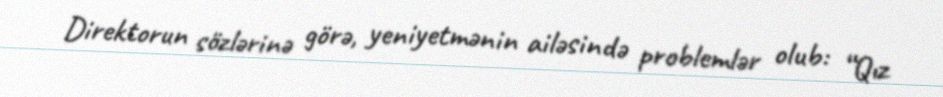
Direktorun sözlərinə görə, yeniyetmənin ailəsində problemlər olub: “Qız